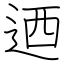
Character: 迺